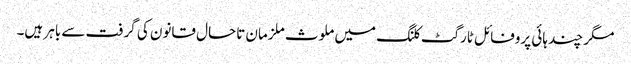
مگر چند ہائی پروفائل ٹارگٹ کلنگ میں ملوث ملزمان تاحال قانون کی گرفت سے باہر ہیں۔